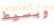
وبسيط